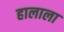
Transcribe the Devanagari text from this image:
हालाला